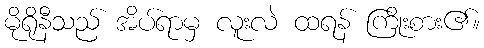
မိုရိုနီသည် အိပ်ရာမှ လူးလဲ ထရန် ကြိုးစား၏။